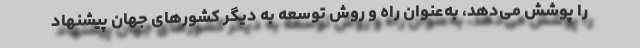
را پوشش می‌دهد، ‌به‌عنوان راه و روش توسعه به دیگر کشورهای جهان پیشنهاد